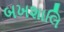
બખશાલિ